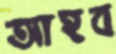
আহব